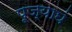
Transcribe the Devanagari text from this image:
पूज्याघं